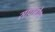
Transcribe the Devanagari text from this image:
साधुबोध